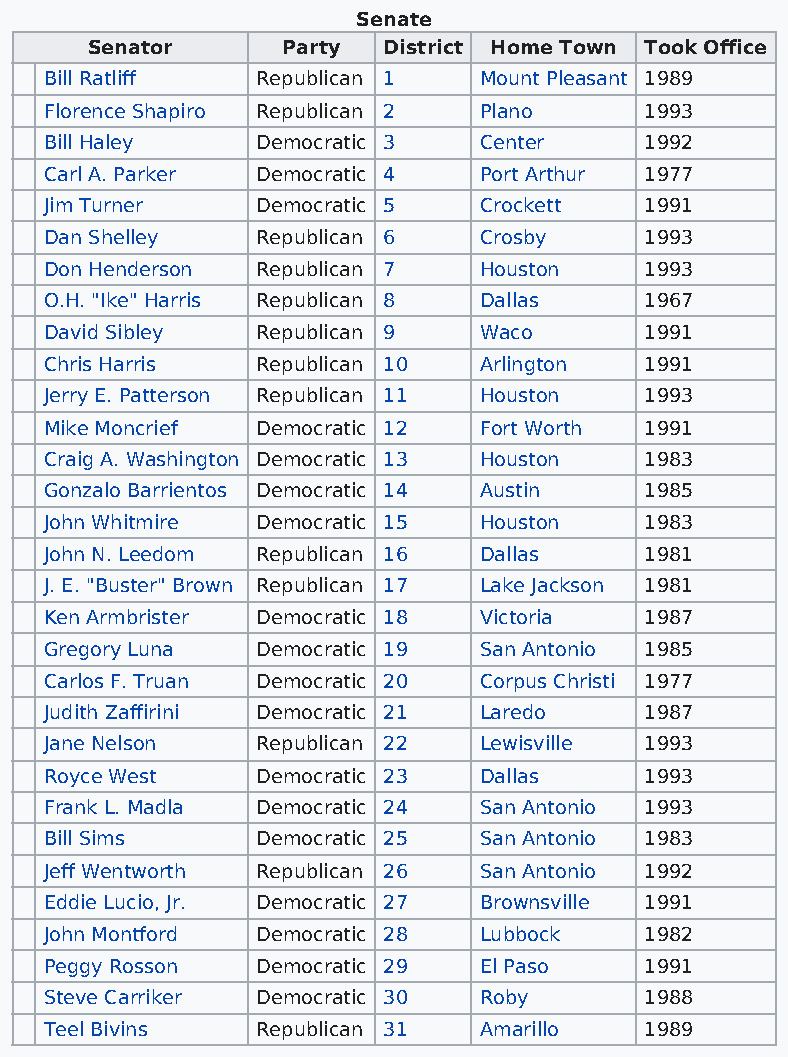
Senate
 Senator      Party District Home Town Took Office
 Bill Ratliff  Republican 1   Mount Pleasant 1989
 Florence Shapiro Republican 2 Plano     1993
 Bill Haley    Democratic 3   Center     1992
 Carl A. Parker Democratic 4  Port Arthur 1977
 Jim Turner    Democratic 5   Crockett   1991
 Dan Shelley   Republican 6   Crosby     1993
 Don Henderson Republican 7   Houston    1993
 O.H. "Ike" Harris Republican 8 Dallas   1967
 David Sibley  Republican 9   Waco       1991
 Chris Harris  Republican 10  Arlington  1991
 Jerry E. Patterson Republican 11 Houston 1993
 Mike Moncrief Democratic 12  Fort Worth 1991
 Craig A. Washington Democratic 13 Houston 1983
 Gonzalo Barrientos Democratic 14 Austin 1985
 John Whitmire Democratic 15  Houston    1983
 John N. Leedom Republican 16 Dallas     1981
 J. E. "Buster" Brown Republican 17 Lake Jackson 1981
 Ken Armbrister Democratic 18 Victoria   1987
 Gregory Luna  Democratic 19  San Antonio 1985
 Carlos F. Truan Democratic 20 Corpus Christi 1977
 Judith Zaffirini Democratic 21 Laredo   1987
 Jane Nelson   Republican 22  Lewisville 1993
 Royce West    Democratic 23  Dallas     1993
 Frank L. Madla Democratic 24 San Antonio 1993
 Bill Sims     Democratic 25  San Antonio 1983
 Jeff Wentworth Republican 26 San Antonio 1992
 Eddie Lucio, Jr. Democratic 27 Brownsville 1991
 John Montford Democratic 28  Lubbock    1982
 Peggy Rosson  Democratic 29  El Paso    1991
 Steve Carriker Democratic 30 Roby       1988
 Teel Bivins   Republican 31  Amarillo   1989